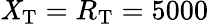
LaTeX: \mathit{X}_{\mathrm{{T}}}=R_{\mathrm{{T}}}=5000